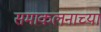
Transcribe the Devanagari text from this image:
समाकलनाच्या